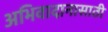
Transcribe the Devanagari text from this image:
अभिवादानासाठी